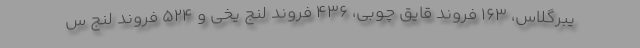
یبرگلاس، ۱۶۳ فروند قایق چوبی، ۴۳۶ فروند لنج یخی و ۵۲۴ فروند لنج س